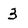
Character: 3